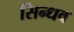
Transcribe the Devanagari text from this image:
सिन्धव